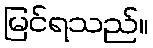
မြင်ရသည်။